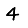
Digit: 4